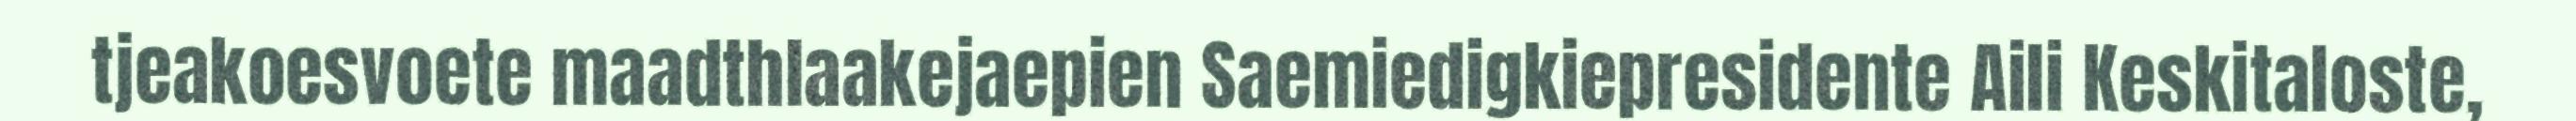
tjeakoesvoete maadthlaakejaepien Saemiedigkiepresidente Aili Keskitaloste,